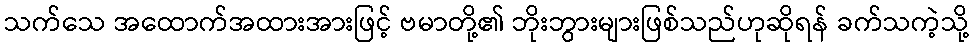
သက်သေ အထောက်အထားအားဖြင့် ဗမာတို့၏ ဘိုးဘွားများဖြစ်သည်ဟုဆိုရန် ခက်သကဲ့သို့